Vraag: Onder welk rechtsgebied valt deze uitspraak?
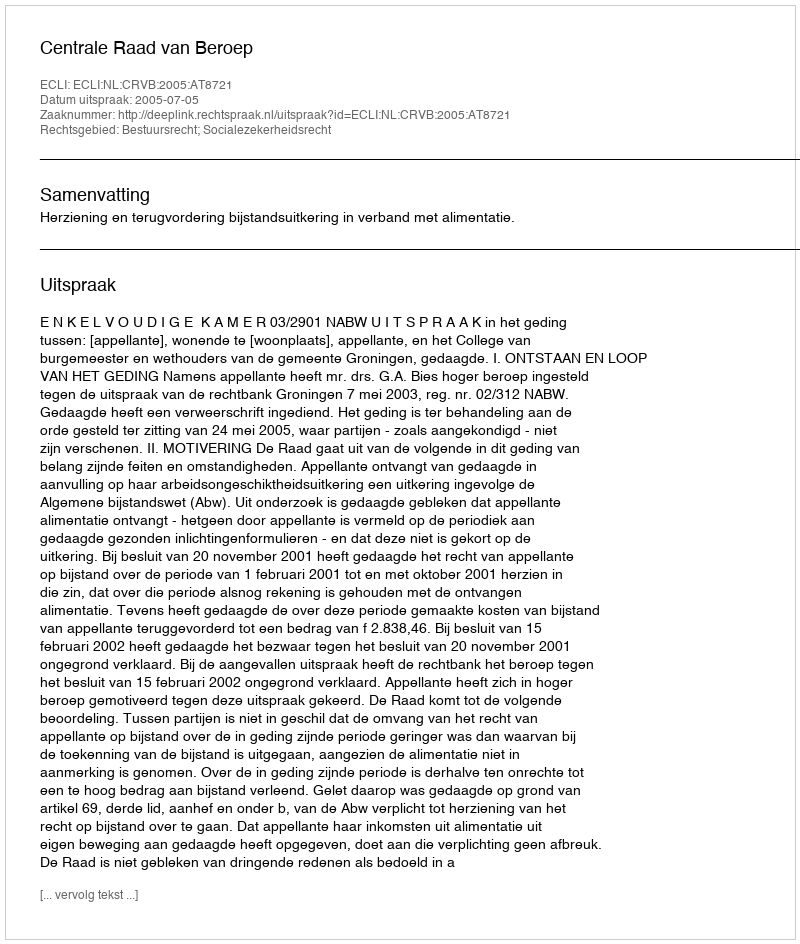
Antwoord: Bestuursrecht; Socialezekerheidsrecht